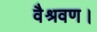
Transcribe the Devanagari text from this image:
वैश्रवण।